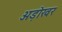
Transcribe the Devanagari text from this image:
अड़ोखर